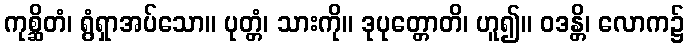
ကုစ္ဆိတံ၊ ရွံရှာအပ်သော။ ပုတ္တံ၊ သားကို။ ဒုပုတ္တောတိ၊ ဟူ၍။ ဝဒန္တိ၊ လောက၌